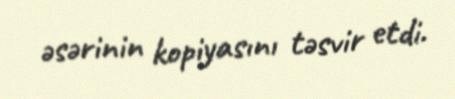
əsərinin kopiyasını təsvir etdi.